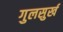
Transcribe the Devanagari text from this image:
गुलसुर्ख